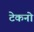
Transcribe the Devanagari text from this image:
टेकनो